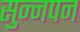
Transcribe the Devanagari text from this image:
सुन्नपन